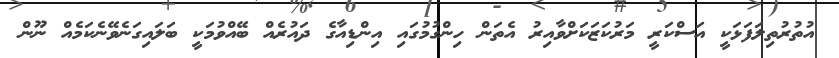
އުތުރުތިލަފަޅަކީ އަސްކަރީ މަރުކަޒަކަށްވާއިރު އެތަން ހިންގުމުގައި އިންޑިއާގެ ދައުރެއް ބޭއްވުމަކީ ބަލައިގަނެވޭނެކަމެއް ނޫން